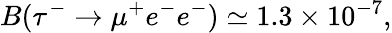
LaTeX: B(\tau^{-}\to\mu^{+}e^{-}e^{-})\simeq 1.3\times 10^{-7},